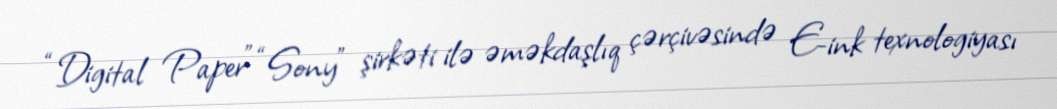
“Digital Paper” “Sony” şirkəti ilə əməkdaşlıq çərçivəsində E-ink texnologiyası